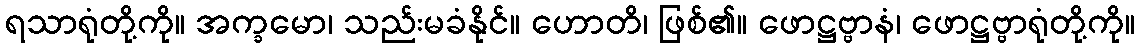
ရသာရုံတို့ကို။ အက္ခမော၊ သည်းမခံနိုင်။ ဟောတိ၊ ဖြစ်၏။ ဖောဋ္ဌဗ္ဗာနံ၊ ဖောဋ္ဌဗ္ဗာရုံတို့ကို။